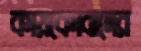
কায়কোবাদের